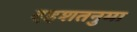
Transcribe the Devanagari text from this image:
दहशतनुमा